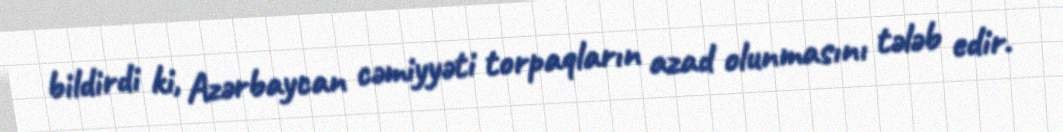
bildirdi ki, Azərbaycan cəmiyyəti torpaqların azad olunmasını tələb edir.